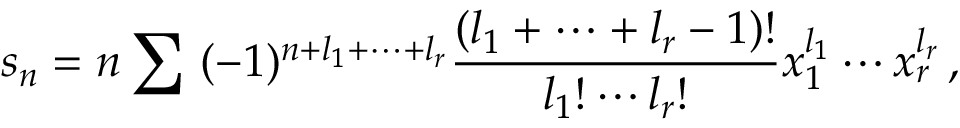
s _ { n } = n \sum \ ( - 1 ) ^ { n + l _ { 1 } + \cdots + l _ { r } } \frac { ( l _ { 1 } + \cdots + l _ { r } - 1 ) ! } { l _ { 1 } ! \cdots l _ { r } ! } x _ { 1 } ^ { l _ { 1 } } \cdots x _ { r } ^ { l _ { r } } \, ,